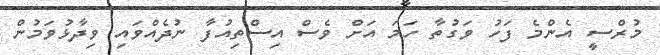
މުރްސީ އެންމެ ފަހު ވަގުތާ ހަމަ އަށް ވެސް އިސްތިއުފާ ނުދެއްވައި ވިދާޅުވަމުން